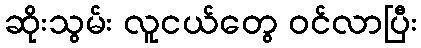
ဆိုးသွမ်း လူငယ်တွေ ဝင်လာပြီး